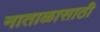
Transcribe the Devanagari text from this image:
नाताळासाठी